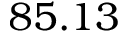
8 5 . 1 3